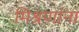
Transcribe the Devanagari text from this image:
मिश्रणांना